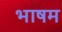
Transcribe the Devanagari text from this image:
भाषम